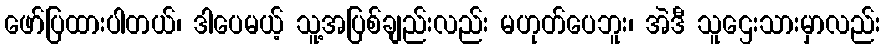
ဖော်ပြထားပါတယ်၊ ဒါပေမယ့် သူ့အပြစ်ချည်းလည်း မဟုတ်ပေဘူး၊ အဲဒီ သူဌေးသားမှာလည်း